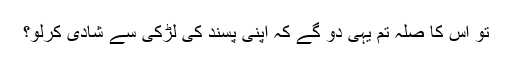
تو اس کا صلہ تم یہی دو گے کہ اپنی پسند کی لڑکی سے شادی کرلو؟